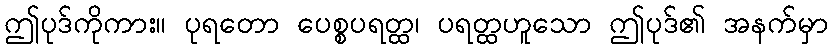
ဤပုဒ်ကိုကား။ ပုရတော ပေစ္စပရတ္ထ၊ ပရတ္ထဟူသော ဤပုဒ်၏ အနက်မှာ